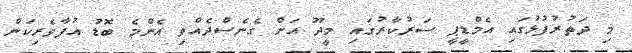
މި ދަތުރުފުޅުގައި އެމްޑީޕީ ސަރުކާރުގައި މީދޫ އަށް ގެނެސްދެއްވި އެންމެ ބޮޑު އުފާވެރިކަން